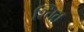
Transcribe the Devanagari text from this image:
श्तित